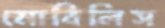
মোবিলিস